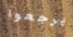
يرجعوا